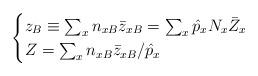
LaTeX: \begin{align*}\begin{cases} z_B \equiv \sum_x n_{xB} \bar{z}_{xB} = \sum_x \hat{p}_x N_x \bar{Z}_x \\ Z = \sum_x n_{xB} \bar{z}_{xB}/\hat{p}_x \end{cases}\end{align*}